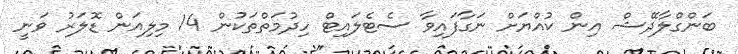
ބަންގްލާދޭޝް އިން ކުއްޔަށް ނަގާފައިވާ ސެޓެލައިޓް ހިދުމަތްތަކުން 14 މިލިއަން ޑޮލަރު ވަނީ